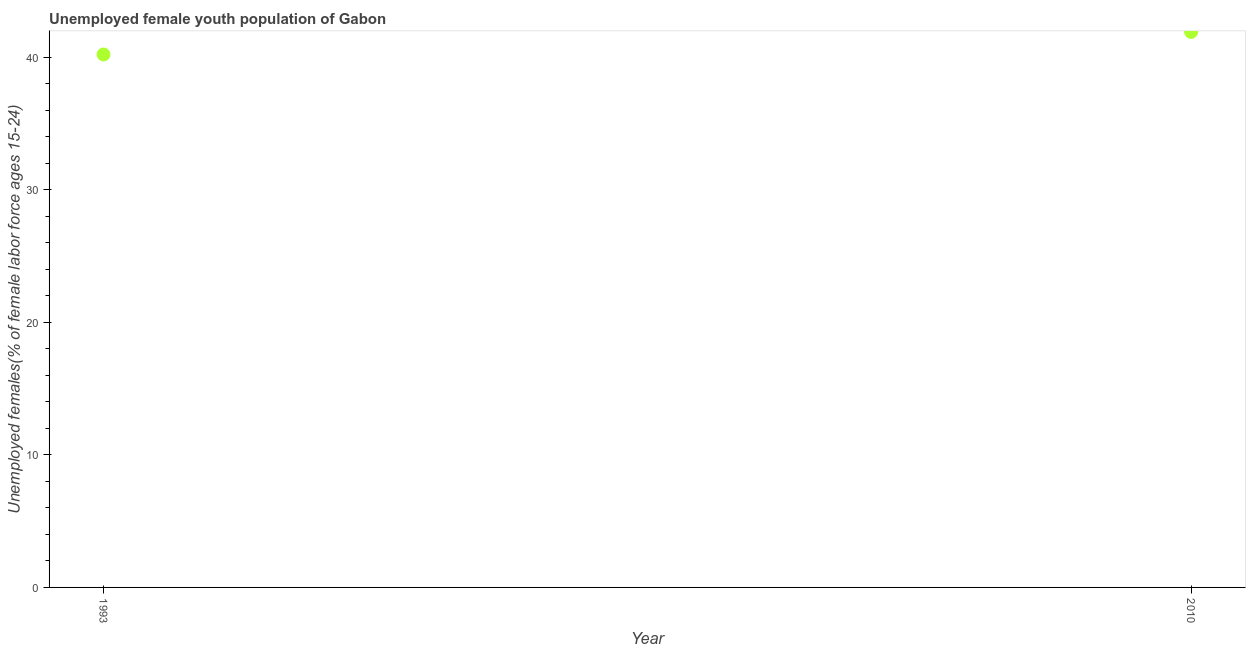
| Year | Unemployment youth female |
 | --- | --- |
 | 1993 | 40.2 |
 | 2010 | 41.9 |